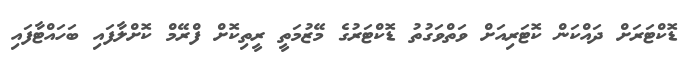
ޑޮކްޓަރަށް ދައްކަން ކޮޓަރިއަށް ވަތްވަގުތު ޑޮކްޓަރުގެ މޭޒުމަތީ ރީތިކޮށް ފްރޭމް ކޮށްލާފައި ބަހައްޓާފައި